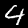
Label: 4